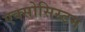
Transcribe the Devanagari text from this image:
एक्सोसिस्टम